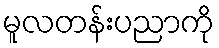
မူလတန်းပညာကို